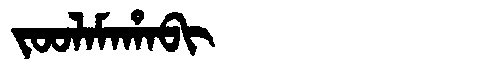
Manchu: ᠵᠣᠣᠯᠠᠮᠠᡥᠠᠪᡳ
Romanization: JOOLAMAHABI